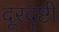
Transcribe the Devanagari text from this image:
दूरदॄष्टी